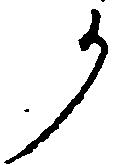
か